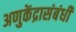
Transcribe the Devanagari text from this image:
अणुकेंद्रासंबंधी